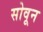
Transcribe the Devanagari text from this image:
सोवून